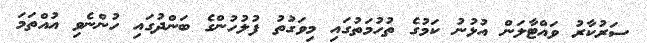
ސަރުކާރު ވައްޓާލަން އުޅުނު ކަމުގެ ތުހުމަތުގައި މިވަގުތު ފުލުހުންގެ ބަންދުގައި ހުންނެވި އުއްތަމަ